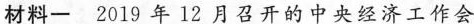
材料-2019年12月召开的中央经济工作会